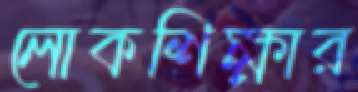
লোকশিক্ষার